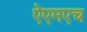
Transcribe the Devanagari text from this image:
ऐएमएच